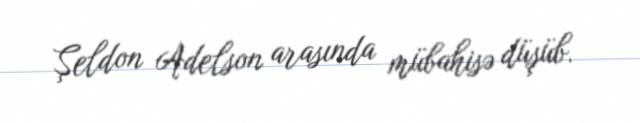
Şeldon Adelson arasında mübahisə düşüb.